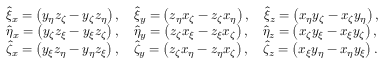
\begin{array} { r l } & { \hat { \xi } _ { x } = \left( y _ { \eta } z _ { \zeta } - y _ { \zeta } z _ { \eta } \right) , \quad \hat { \xi } _ { y } = \left( z _ { \eta } x _ { \zeta } - z _ { \zeta } x _ { \eta } \right) , \quad \hat { \xi } _ { z } = \left( x _ { \eta } y _ { \zeta } - x _ { \zeta } y _ { \eta } \right) , } \\ & { \hat { \eta } _ { x } = \left( y _ { \zeta } z _ { \xi } - y _ { \xi } z _ { \zeta } \right) , \quad \hat { \eta } _ { y } = \left( z _ { \zeta } x _ { \xi } - z _ { \xi } x _ { \zeta } \right) , \quad \hat { \eta } _ { z } = \left( x _ { \zeta } y _ { \xi } - x _ { \xi } y _ { \zeta } \right) , } \\ & { \hat { \zeta } _ { x } = \left( y _ { \xi } z _ { \eta } - y _ { \eta } z _ { \xi } \right) , \quad \hat { \zeta } _ { y } = \left( z _ { \zeta } x _ { \eta } - z _ { \eta } x _ { \zeta } \right) , \quad \hat { \zeta } _ { z } = \left( x _ { \xi } y _ { \eta } - x _ { \eta } y _ { \xi } \right) . } \end{array}